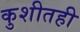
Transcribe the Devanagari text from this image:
कुशीतही